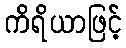
ကိရိယာဖြင့်